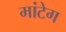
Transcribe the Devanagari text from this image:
मांटेग